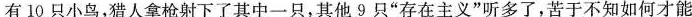
有10只小鸟，猎人拿枪射下了其中一只，其他9只”存在主义”听多了，苦于不知如何才能